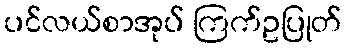
ပင်လယ်စာအုပ် ကြက်ဥပြုတ်